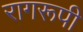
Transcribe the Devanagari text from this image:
रागरूपी